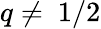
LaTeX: q\ne~1/2